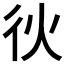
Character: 𫹐